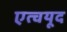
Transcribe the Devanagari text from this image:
एत्चयूद